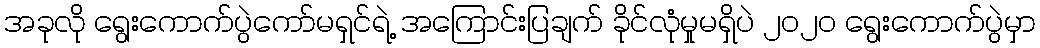
အခုလို ရွေးကောက်ပွဲကော်မရှင်ရဲ့ အကြောင်းပြချက် ခိုင်လုံမှုမရှိပဲ ၂၀၂၀ ရွေးကောက်ပွဲမှာ